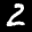
Label: 2